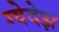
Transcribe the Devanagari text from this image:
ग्वेदेझ